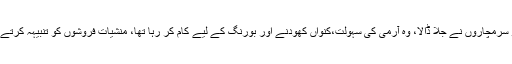
آج گومازی میں حاجی فیض کی ٹریکٹرکو سرمچاروں نے جلا ڈالا، وہ آرمی کی سہولت،کنواں کھودنے اور بورنگ کے لیے کام کر رہا تھا، منشیات فروشوں کو تنبیہہ کرتے ہیں کہ سماج دشمن کاروبار ترک کر دیں۔